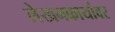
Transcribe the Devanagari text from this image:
लेखनकार्यावर